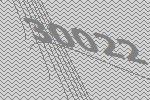
30022